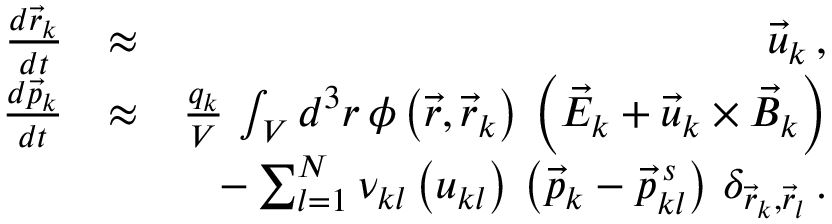
\begin{array} { r l r } { \frac { d \vec { r } _ { k } } { d t } } & { \approx } & { \vec { u } _ { k } \, , } \\ { \frac { d \vec { p } _ { k } } { d t } } & { \approx } & { \frac { q _ { k } } { V } \, \int _ { V } d ^ { 3 } r \, \phi \left( \vec { r } , \vec { r } _ { k } \right) \, \left( \vec { E } _ { k } + \vec { u } _ { k } \times \vec { B } _ { k } \right) } \\ & { } & { - \sum _ { l = 1 } ^ { N } \nu _ { k l } \left( u _ { k l } \right) \, \left( \vec { p } _ { k } - \vec { p } _ { k l } ^ { \, s } \right) \, \delta _ { \vec { r } _ { k } , \vec { r } _ { l } } \, . } \end{array}